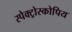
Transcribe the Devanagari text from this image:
स्पेक्ट्रोस्कोपिय